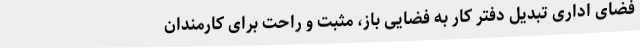
فضای اداری تبدیل دفتر کار به فضایی باز، مثبت و راحت برای کارمندان